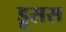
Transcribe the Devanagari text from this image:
ड्रुसस